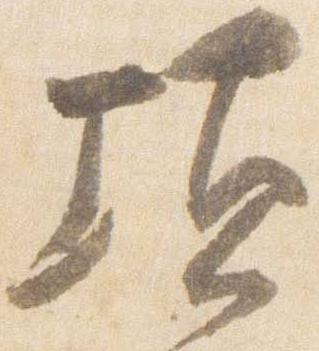
頃